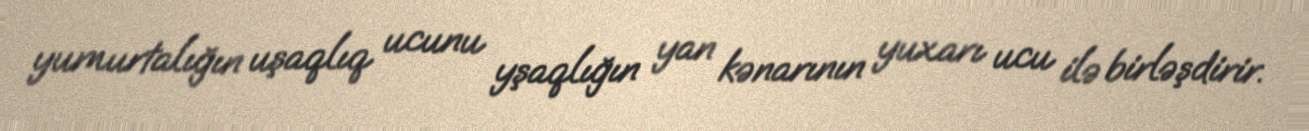
yumurtalığın uşaqlıq ucunu yşaqlığın yan kənarının yuxarı ucu ilə birləşdirir.